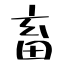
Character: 畜